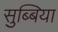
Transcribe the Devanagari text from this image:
सुब्बिया